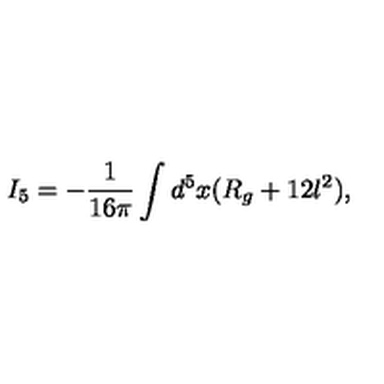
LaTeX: I _ { 5 } = - \frac { 1 } { 1 6 \pi } \int d ^ { 5 } x ( R _ { g } + 1 2 l ^ { 2 } ) ,